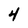
Character: 4